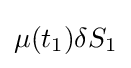
\mu (t_{1})\delta S_{1}